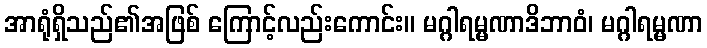
အာရုံရှိသည်၏အဖြစ် ကြောင့်လည်းကောင်း။ မဂ္ဂါရမ္မဏာဒိဘာဝံ၊ မဂ္ဂါရမ္မဏာ